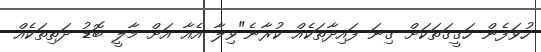
ހުވަފެން ހަގީގަތަކަށް ގިނަ ފައިދާތަކެއް ކުރާނެ"ވިލާ އެއާ އަށް މާލީ ބޮޑު ދަތިތަކެއް